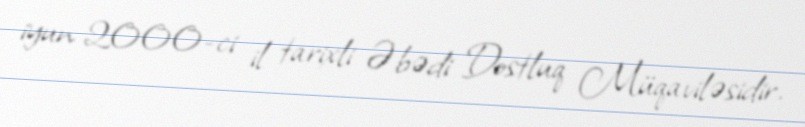
iyun 2000-ci il tarixli Əbədi Dostluq Müqaviləsidir.